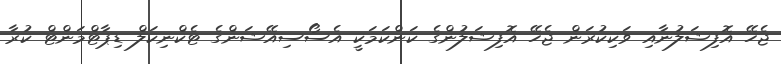
ޖެހޭ އޮފިޝަލުނާއި ވަކިކުރަން ޖެހޭ އޮފިޝަލުންގެ ކަންކަމަކީ އެސޯސިއޭޝަންގެ ޓެކްނިކަލް ޑިޕާޓްމަންޓް ކުރާ